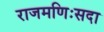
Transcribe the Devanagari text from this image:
राजमणिःसदा